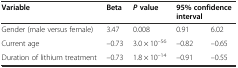
| Variable | Beta | Pvalue | <COLSPAN=2> 95% confidence interval |
 | --- | --- | --- | --- | --- |
 | Gender (male versus female) | 3.47 | 0.008 | 0.91 | 6.02 |
 | Current age | –0.73 | 3.0 × 10–56 | –0.82 | –0.65 |
 | Duration of lithium treatment | –0.73 | 1.8 × 10–14 | –0.91 | –0.55 |